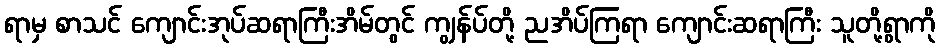
ရာမှ စာသင် ကျောင်းအုပ်ဆရာကြီးအိမ်တွင် ကျွန်ပ်တို့ ညအိပ်ကြရာ ကျောင်းဆရာကြီး သူတို့ရွာကို